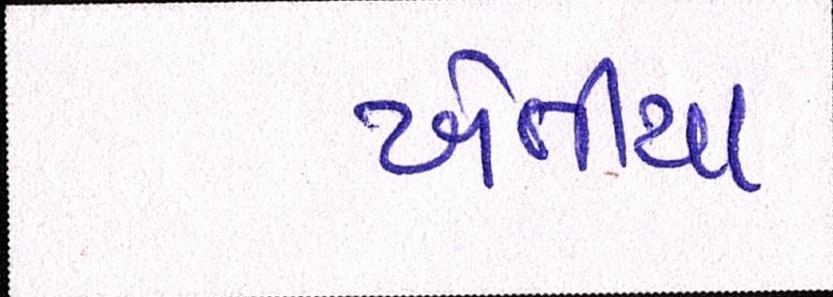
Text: ખેતીયા